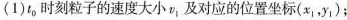
(1)t0时刻粒子的速度大小v_{1}及对应的位置坐标(x_{1}，y_{1})；